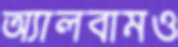
অ্যালবামও